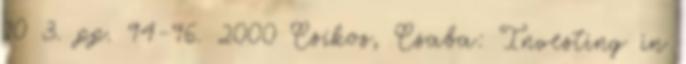
10 3. pp. 94-96. 2000 Csíkos, Csaba: Investing in